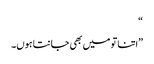
“
”اتنا تو میں بھی جانتا ہوں۔